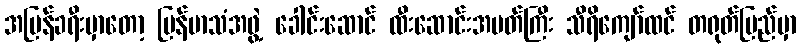
အပြန်ခရီးမှာတော့ မြန်မာသံအဖွဲ့ ခေါင်းဆောင် ထီးဆောင်းအမတ်ကြီး သီရိကျော်ထင် တရုတ်ပြည်မှာ